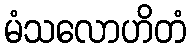
မံသလောဟိတံ